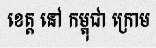
ខេត្ត នៅ កម្ពុជា ក្រោម